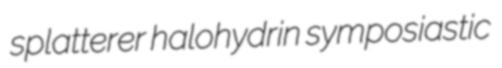
splatterer halohydrin symposiastic